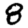
Digit: 8